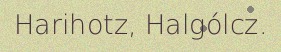
Harihotz, Halgólcz.